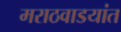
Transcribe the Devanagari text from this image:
मराठवाडयांत